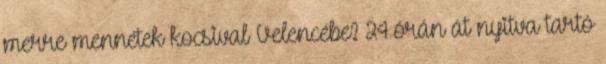
merre mennétek kocsival Velencébe? 24 órán át nyitva tartó